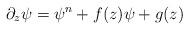
LaTeX: \begin{align*}\partial_z \psi = \psi^n + f(z) \psi + g(z)\end{align*}